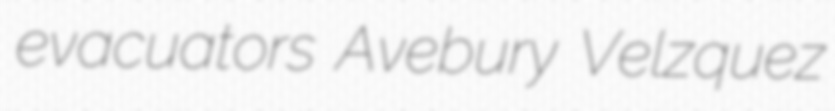
evacuators Avebury Velzquez